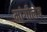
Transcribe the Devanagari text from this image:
मांगीलेव